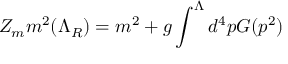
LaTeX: Z _ { m } m ^ { 2 } ( \Lambda _ { R } ) = m ^ { 2 } + g \int ^ { \Lambda } d ^ { 4 } p G ( p ^ { 2 } )